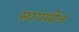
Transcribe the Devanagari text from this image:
सायमीन